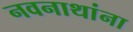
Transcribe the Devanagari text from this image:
नवनाथांना